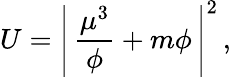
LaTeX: U=\left|\, \frac{\mu^{3}}{\phi}+m\phi\, \right|^{2}\, ,